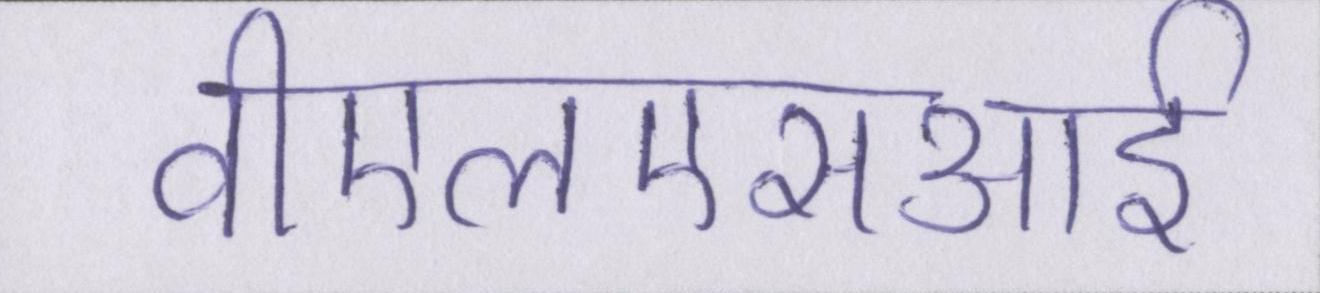
वीएलएसआई